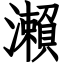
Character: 瀨